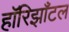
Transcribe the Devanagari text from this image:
हॉरिझाँटल